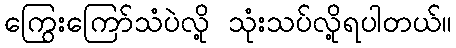
ကြွေးကြော်သံပဲလို့ သုံးသပ်လို့ရပါတယ်။